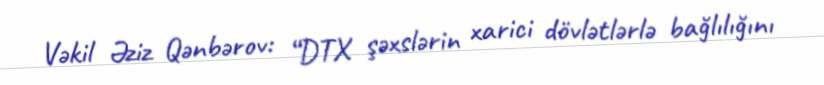
Vəkil Əziz Qənbərov: “DTX şəxslərin xarici dövlətlərlə bağlılığını